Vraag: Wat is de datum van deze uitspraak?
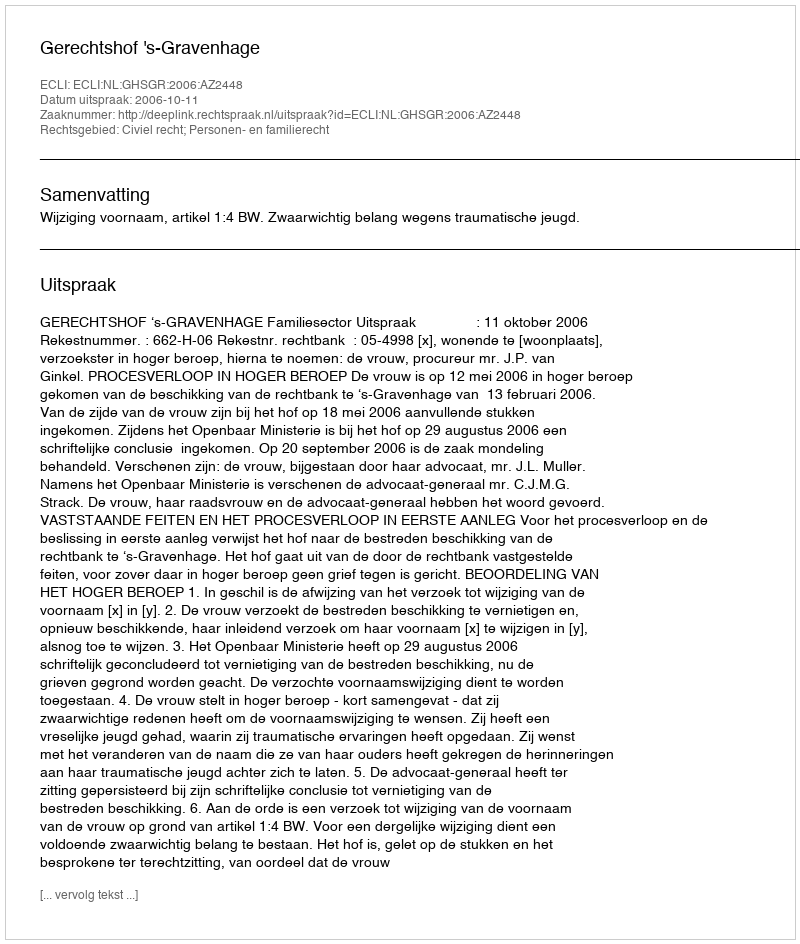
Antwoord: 2006-10-11